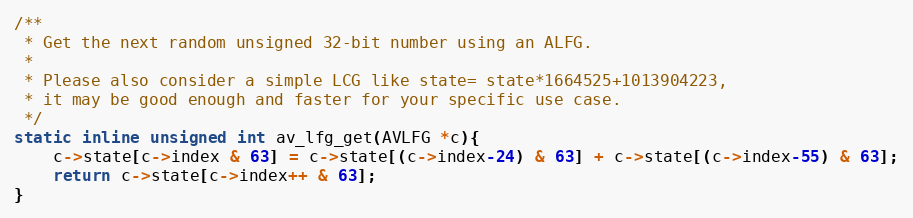
Language: C
/**
 * Get the next random unsigned 32-bit number using an ALFG.
 *
 * Please also consider a simple LCG like state= state*1664525+1013904223,
 * it may be good enough and faster for your specific use case.
 */
static inline unsigned int av_lfg_get(AVLFG *c){
    c->state[c->index & 63] = c->state[(c->index-24) & 63] + c->state[(c->index-55) & 63];
    return c->state[c->index++ & 63];
}